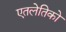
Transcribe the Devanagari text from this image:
एतलेतिको